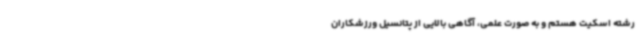
رشته اسکیت هستم و به صورت علمی، آگاهی بالایی از پتانسیل ورزشکاران